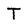
Character: T